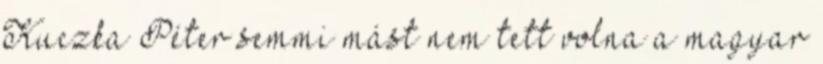
Kuczka Péter sem­mi mást nem tett volna a magyar